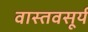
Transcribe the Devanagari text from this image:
वास्तवसूर्य